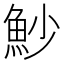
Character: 魦